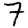
Digit: 7